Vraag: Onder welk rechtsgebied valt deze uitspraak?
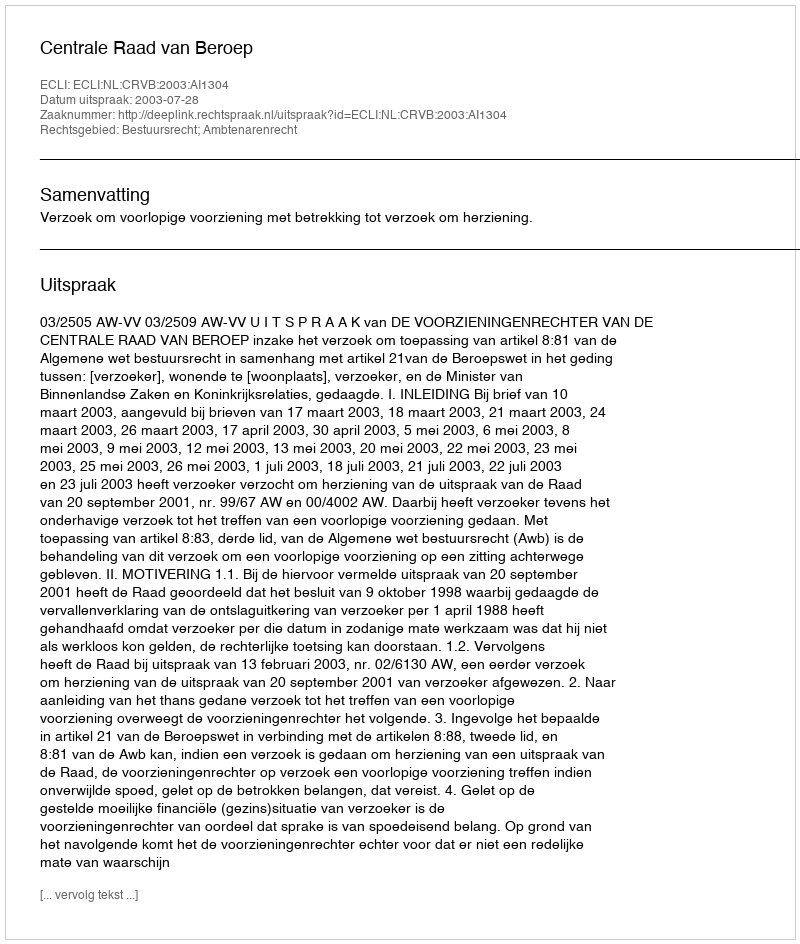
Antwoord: Bestuursrecht; Ambtenarenrecht